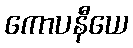
ကောပနီယေ